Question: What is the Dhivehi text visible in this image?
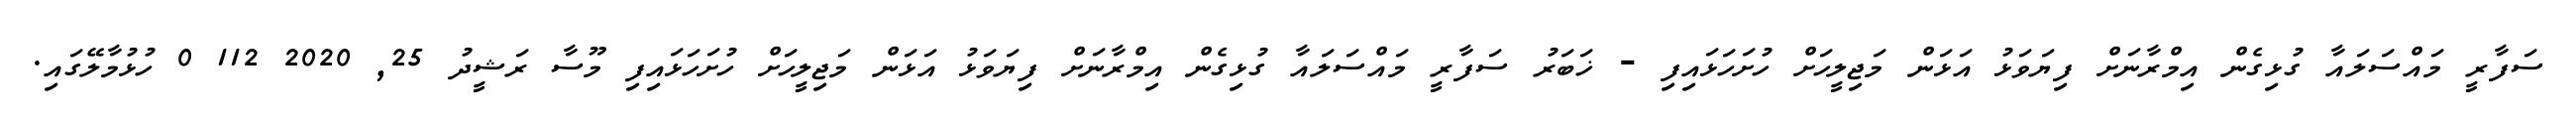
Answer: ސަފާރީ މައްސަލައާ ގުޅިގެން އިމްރާނަށް ފިޔަވަޅު އަޅަން މަޖިލީހަށް ހުށަހަޅައިފި - ޚަބަރު ސަފާރީ މައްސަލައާ ގުޅިގެން އިމްރާނަށް ފިޔަވަޅު އަޅަން މަޖިލީހަށް ހުށަހަޅައިފި މޫސާ ރަޝީދު 25, 2020 112 0 ހުޅުމާލޭގައި.